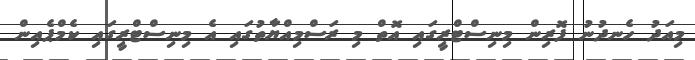
މިއަދު ހެނދުނު ފޮރިން މިނިސްޓްރީގައި އޮތް މި ރަސްމިއްޔާތުގައި އެ މިނިސްޓްރީގައި ކެމްޕެއިން